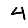
Digit: 4